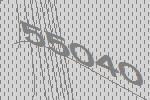
55040